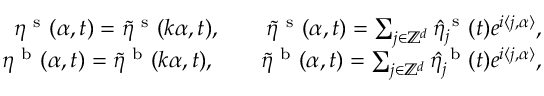
\begin{array} { r } { \eta ^ { \mathrm { ~ s ~ } } ( \alpha , t ) = \tilde { \eta } ^ { \mathrm { ~ s ~ } } ( \boldsymbol k \alpha , t ) , \qquad \tilde { \eta } ^ { \mathrm { ~ s ~ } } ( \boldsymbol \alpha , t ) = \sum _ { \boldsymbol { j } \in \mathbb { Z } ^ { d } } \hat { \eta } _ { \boldsymbol { j } } ^ { \mathrm { ~ s ~ } } ( t ) e ^ { i \langle \boldsymbol j , \boldsymbol \alpha \rangle } , } \\ { \eta ^ { \mathrm { ~ b ~ } } ( \alpha , t ) = \tilde { \eta } ^ { \mathrm { ~ b ~ } } ( \boldsymbol k \alpha , t ) , \qquad \tilde { \eta } ^ { \mathrm { ~ b ~ } } ( \boldsymbol \alpha , t ) = \sum _ { \boldsymbol { j } \in \mathbb { Z } ^ { d } } \hat { \eta } _ { \boldsymbol { j } } ^ { \mathrm { ~ b ~ } } ( t ) e ^ { i \langle \boldsymbol j , \boldsymbol \alpha \rangle } , } \end{array}